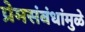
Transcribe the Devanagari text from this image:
प्रेमसंबंधांमुळे